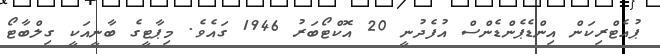
ޕުއެޓްރިކަން އިންޑެޕެންޑެންސް އުފެދުނީ 20 އޮކްޓޯބަރު 1946 ގައެވެ. މިޕާޓީގެ ބާނީއަކީ ގިލްބާޓޯ